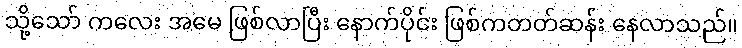
သို့သော် ကလေး အမေ ဖြစ်လာပြီး နောက်ပိုင်း ဖြစ်ကတတ်ဆန်း နေလာသည်။